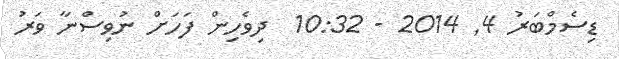
ޑިސެމްބަރު 4